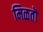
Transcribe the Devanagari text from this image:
मिळतॊ